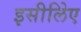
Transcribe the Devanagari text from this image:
इसीलिेए